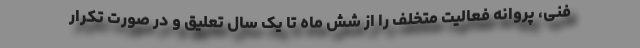
فنی، پروانه فعالیت متخلف را از شش ماه تا یک سال تعلیق و در صورت تکرار